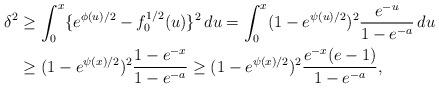
LaTeX: \begin{align*}\delta^2 &\geq \int_0^x \{e^{\phi(u)/2} - f_0^{1/2}(u)\}^2 \, du = \int_0^x (1-e^{\psi(u)/2})^2 \frac{e^{-u}}{1 - e^{-a}} \, du \\&\geq (1-e^{\psi(x)/2})^2\frac{1 - e^{-x}}{1 - e^{-a}} \geq (1-e^{\psi(x)/2})^2\frac{e^{-x}(e - 1)}{1 - e^{-a}},\end{align*}